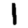
Digit: 1